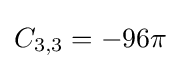
C_{3,3}=-96\pi